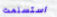
استسلمت